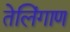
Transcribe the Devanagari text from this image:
तेलिंगाण